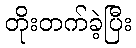
တိုးတက်ခဲ့ပြီး